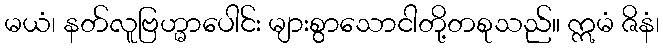
မယံ၊ နတ်လူဗြဟ္မာပေါင်း များစွာသောငါတို့တစုသည်။ ဣမံ ဇိနံ၊